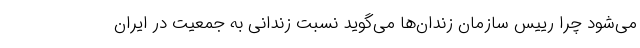
می‌شود چرا رییس سازمان زندان‌ها می‌گوید نسبت زندانی به جمعیت در ایران